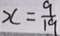
x = \frac { 9 } { 1 9 }